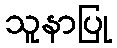
သူနာပြု